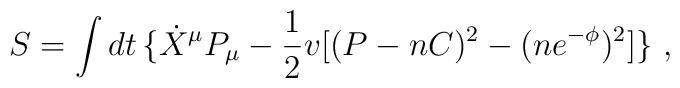
S= \int dt\,\big\{ \dot X^\mu P_\mu  -{1\over2}v \big[(P - nC)^2 - (ne^{-\phi})^2 \big]\big\}\ ,